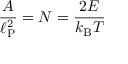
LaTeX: { \frac { A } { \ell _ { \mathrm { P } } ^ { 2 } } } = N = { \frac { 2 E } { k _ { \mathrm { B } } T } }